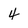
Character: 4